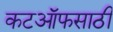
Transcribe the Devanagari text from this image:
कटऑफसाठी